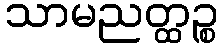
သာမညတ္ထဉ္စ